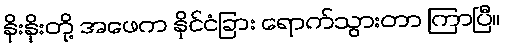
နိုးနိုးတို့ အဖေက နိုင်ငံခြား ရောက်သွားတာ ကြာပြီ။